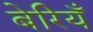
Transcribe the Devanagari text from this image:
बेरियँ